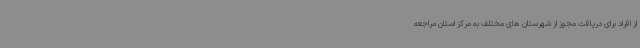
از افراد برای دریافت مجوز از شهرستان های مختلف به مرکز استان مراجعه